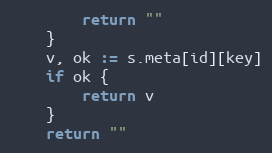
Language: Go
		return ""
	}
	v, ok := s.meta[id][key]
	if ok {
		return v
	}
	return ""